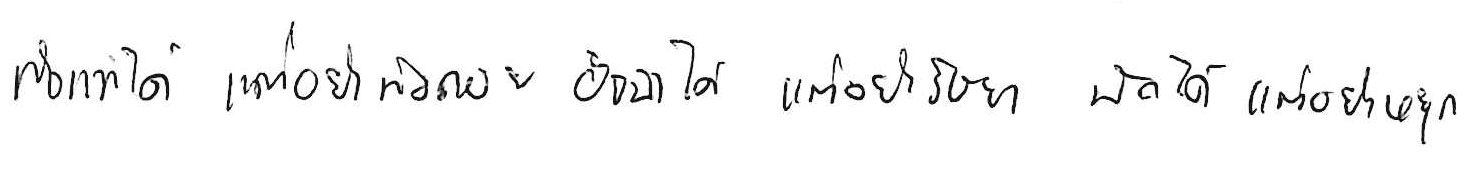
ท้อแท้ได้ แต่อย่าท้อถอย อิจฉาได้ แต่อย่าริษยา พักได้ แต่อย่าหยุด